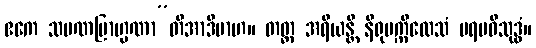
ဧကေ သမဏဗြာဟ္မဏာ”တိအာဒိမာဟ။ တတ္ထ အရိယန္တိ နိရုပက္ကိလေသံ ပရမဝိသုဒ္ဓံ။